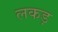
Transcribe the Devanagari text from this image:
लकड़